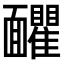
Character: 𩉗